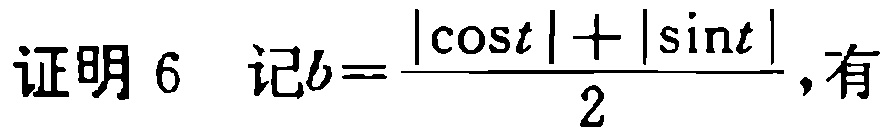
证明 6 记\(b = \frac{|\cos t| + |\sin t|}{2}\),有